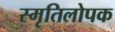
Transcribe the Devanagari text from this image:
स्मृतिलोपक